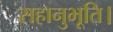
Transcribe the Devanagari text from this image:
सहानुभूति।